Scottish Leaving Certificate Examination, 1953
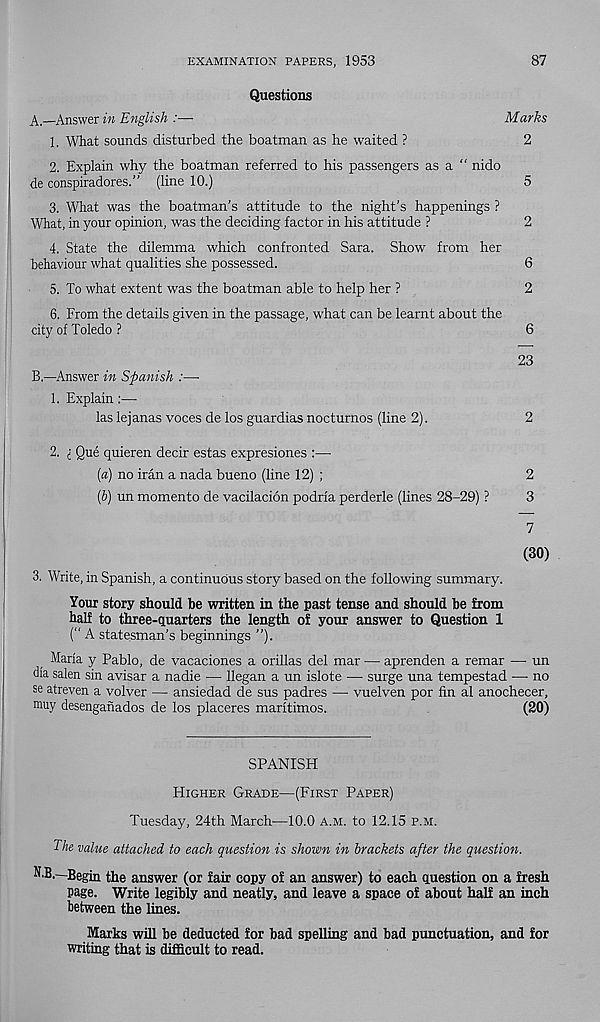
EXAMINATION PAPERS, 1953
87
Questions
A.—Answer in English :—
Marks
1. What sounds disturbed the boatman as he waited ?
2
2. Explain why the boatman referred to his passengers as a “ nido
de conspiradores.” (line 10.)
5
3. What was the boatman’s attitude to the night’s happenings ?
What, in your opinion, was the deciding factor in his attitude ?
2
4. State the dilemma which confronted Sara. Show from her
behaviour what qualities she possessed.
6
5. To what extent was the boatman able to help her ?
2
6. From the details given in the passage, what can be learnt about the
city of Toledo ?
6
23
B.—Answer in Spanish :—
1. Explain:—
las lejanas voces de los guardias nocturnos (line 2).
2
2. i Que quieren deck estas expresiones :—
[a) no iran a nada bueno (line 12) ;
2
(&) un momento de vacilacion podria perderle (lines 28-29) ?
3
7
(30)
3. Write, in Spanish, a continuous story based on the following summary.
Your story should be written in the past tense and should be from
half to three-quarters the length of your answer to Question 1
(“ A statesman’s beginnings ”).
Maria y Pablo, de vacaciones a orillas del mar — aprenden a remar — un
dla salen sin avisar a nadie — Began a un islote —- surge una tempestad -— no
se atreven a volver — ansiedad de sus padres —• vuelven por fin al anochecer,
muy desenganados de los placeres marltimos.
(20)
SPANISH
Higher Grade—(First Paper)
Tuesday, 24th March—10.0 a.m. to 12.15 p.m.
The value attached to each question is shown in brackets after the question.
N.B.—Begin the answer (or fair copy of an answer) to each question on a fresh
Page. Write legibly and neatly, and leave a space of about half an inch
between the lines.
Marks will be deducted for bad spelling and bad punctuation, and for
writing that is difficult to read.